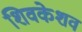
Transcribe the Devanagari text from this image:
शिवकेशव